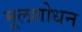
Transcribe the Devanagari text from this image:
मूलशोधन